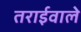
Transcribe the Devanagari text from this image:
तराईवाले